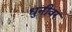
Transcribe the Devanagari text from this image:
धुनीवर